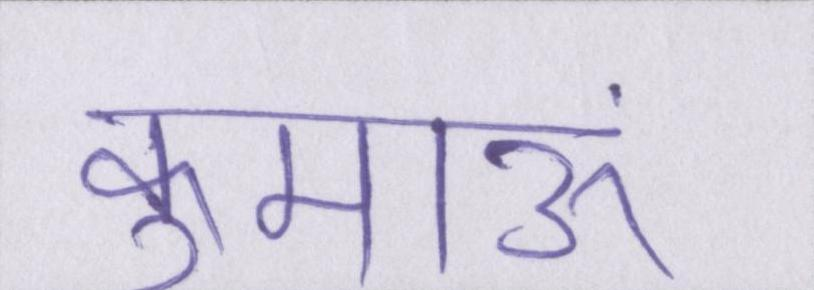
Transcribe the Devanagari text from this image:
कुमाऊं